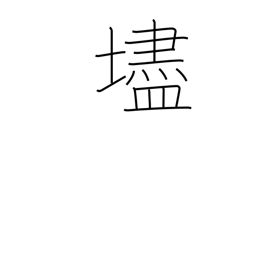
Meaning: steep slope